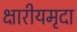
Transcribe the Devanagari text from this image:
क्षारीयमृदा